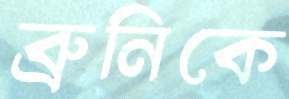
ব্রুনিকে